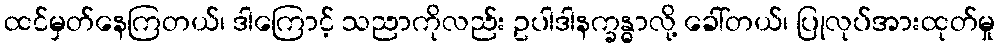
ထင်မှတ်နေကြတယ်၊ ဒါကြောင့် သညာကိုလည်း ဥပါဒါနက္ခန္ဓာလို့ ခေါ်တယ်၊ ပြုလုပ်အားထုတ်မှု